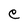
Character: e